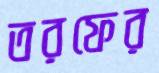
তরফের